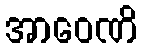
အာဝေဏိ